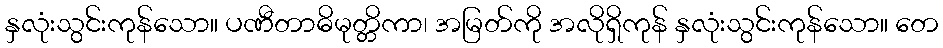
နှလုံးသွင်းကုန်သော။ ပဏီတာဓိမုတ္တိကာ၊ အမြတ်ကို အလိုရှိကုန် နှလုံးသွင်းကုန်သော။ တေ